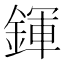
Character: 鍕